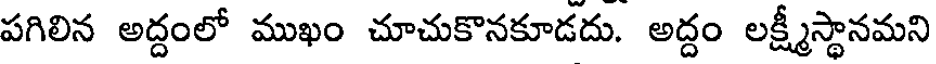
పగిలిన అద్దంలో ముఖం చూచుకొనకూడదు. అద్దం లక్ష్మీస్థానమని